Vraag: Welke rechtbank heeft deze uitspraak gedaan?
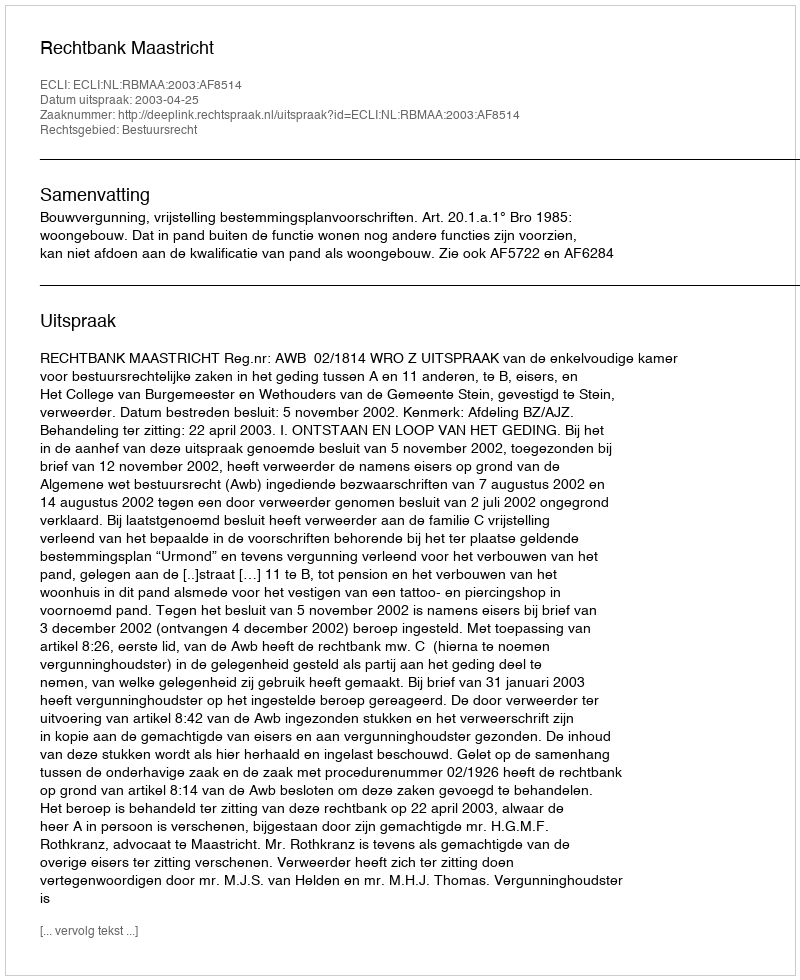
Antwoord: Rechtbank Maastricht